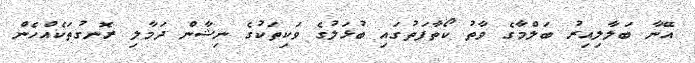
އޭނާ ބަލާލިއިރު ބަލްމާގެ ވާތު ކޯތާފަތުގައި ބުޅަލުގެ ވަކިތަކުގެ ނިޝާން ދަމާލި ރޮނގުތަކެއްހެން